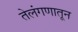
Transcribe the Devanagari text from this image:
तेलंगणातून